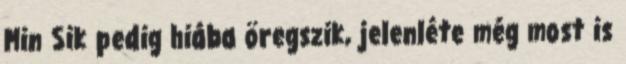
Min Sik pedig hiába öregszik, jelenléte még most is